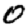
Digit: 0